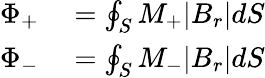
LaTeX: \begin{array}{rl}{\Phi_{+}}&{{}=\oint_{S}M_{+}|B_{r}|dS}\\ {\Phi_{-}}&{{}=\oint_{S}M_{-}|B_{r}|dS}\end{array}